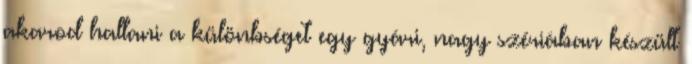
akarod hallani a különbséget egy gyári, nagy szériában készült